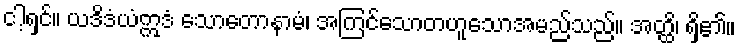
ငါ့ရှင်။ ယဒိဒံယံဣဒံ သောတောနာမံ၊ အကြင်သောတဟူသောအမည်သည်။ အတ္ထိ၊ ရှိ၏။